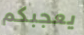
يعجبكم